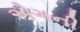
એગની